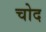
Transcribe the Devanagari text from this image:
चोद